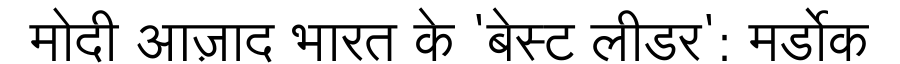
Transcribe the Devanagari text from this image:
मोदी आज़ाद भारत के 'बेस्ट लीडर': मर्डोक